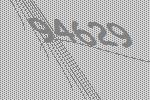
94629